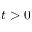
t > 0